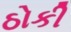
ઠોકી